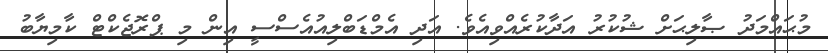
މުޙައްމަދު ޞާލިޙަށް ޝުކުރު އަދާކުރެއްވިއެވެ. އަދި އެމްޑަބްލިއުއެސްސީ އިން މި ޕްރޮޖެކްޓް ކާމިޔާބު